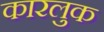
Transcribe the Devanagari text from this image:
कारलुक